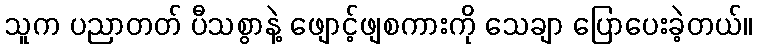
သူက ပညာတတ် ပီသစွာနဲ့ ဖျောင့်ဖျစကားကို သေချာ ပြောပေးခဲ့တယ်။